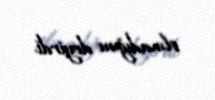
olmadığını deyirdi.